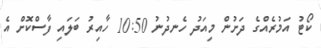
ކޯޓު އަމުރެއްގެ ދަށުން މިއަދު ހެނދުނު 10:50 ހާއިރު ބަލައި ފާސްކޮށް އެ